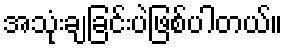
အသုံးချခြင်းပဲဖြစ်ပါတယ်။